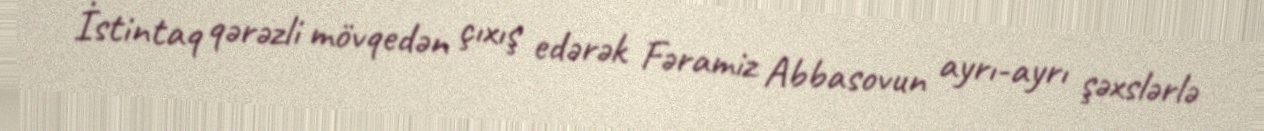
İstintaq qərəzli mövqedən çıxış edərək Fəramiz Abbasovun ayrı-ayrı şəxslərlə